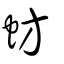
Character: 蚄